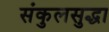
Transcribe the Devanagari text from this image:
संकुलसुद्धा